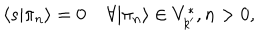
\langle s | \pi _ { n } \rangle = 0 \; \forall | \pi _ { n } \rangle \in V _ { k ^ { \prime } } ^ { * } , n > 0 ,